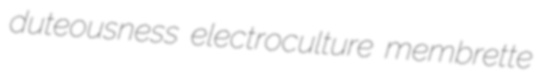
duteousness electroculture membrette